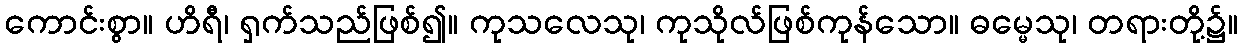
ကောင်းစွာ။ ဟိရီ၊ ရှက်သည်ဖြစ်၍။ ကုသလေသု၊ ကုသိုလ်ဖြစ်ကုန်သော။ ဓမ္မေသု၊ တရားတို့၌။